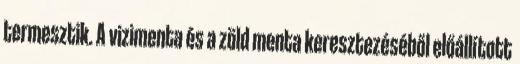
termesztik. A vizimenta és a zöld menta keresztezéséből előállított